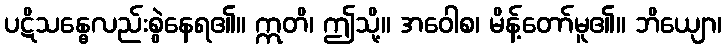
ပဋိသန္ဓေလည်းစွဲနေရ၏။ ဣတိ၊ ဤသို့။ အဝေါစ၊ မိန့်တော်မူ၏။ ဘိယျော၊